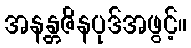
အနန္တဇိနပုဒ်အဖွင့်။